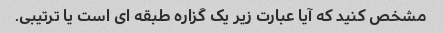
مشخص کنید که آیا عبارت زیر یک گزاره طبقه ای است یا ترتیبی.